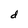
Character: d